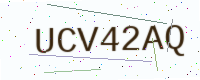
Text: UCV42AQ